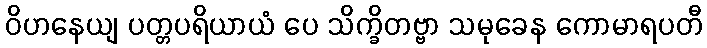
ဝိဟနေယျ ပတ္တပရိယာယံ ပေ သိက္ခိတဗ္ဗာ သမုခေန ကောမာရပတီ